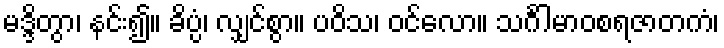
မဒ္ဒိတွာ၊ နင်း၍။ ခိပ္ပံ၊ လျှင်စွာ။ ပဝိသ၊ ဝင်လော။ သင်္ဂါမာဝစရဇာတကံ၊